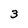
Character: 3